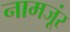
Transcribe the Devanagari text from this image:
नामजूंर